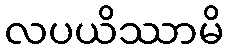
လပယိဿာမိ